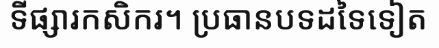
ទីផ្សារកសិករ។ ប្រធានបទដទៃទៀត